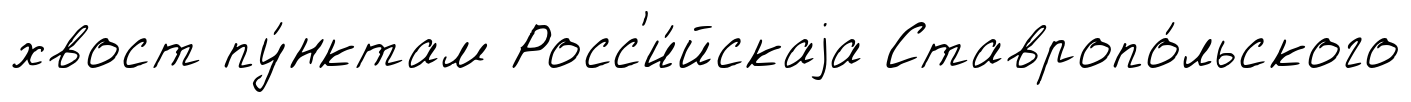
хвост пу́нктам Росс'и́йскаjа Ставропо́льского